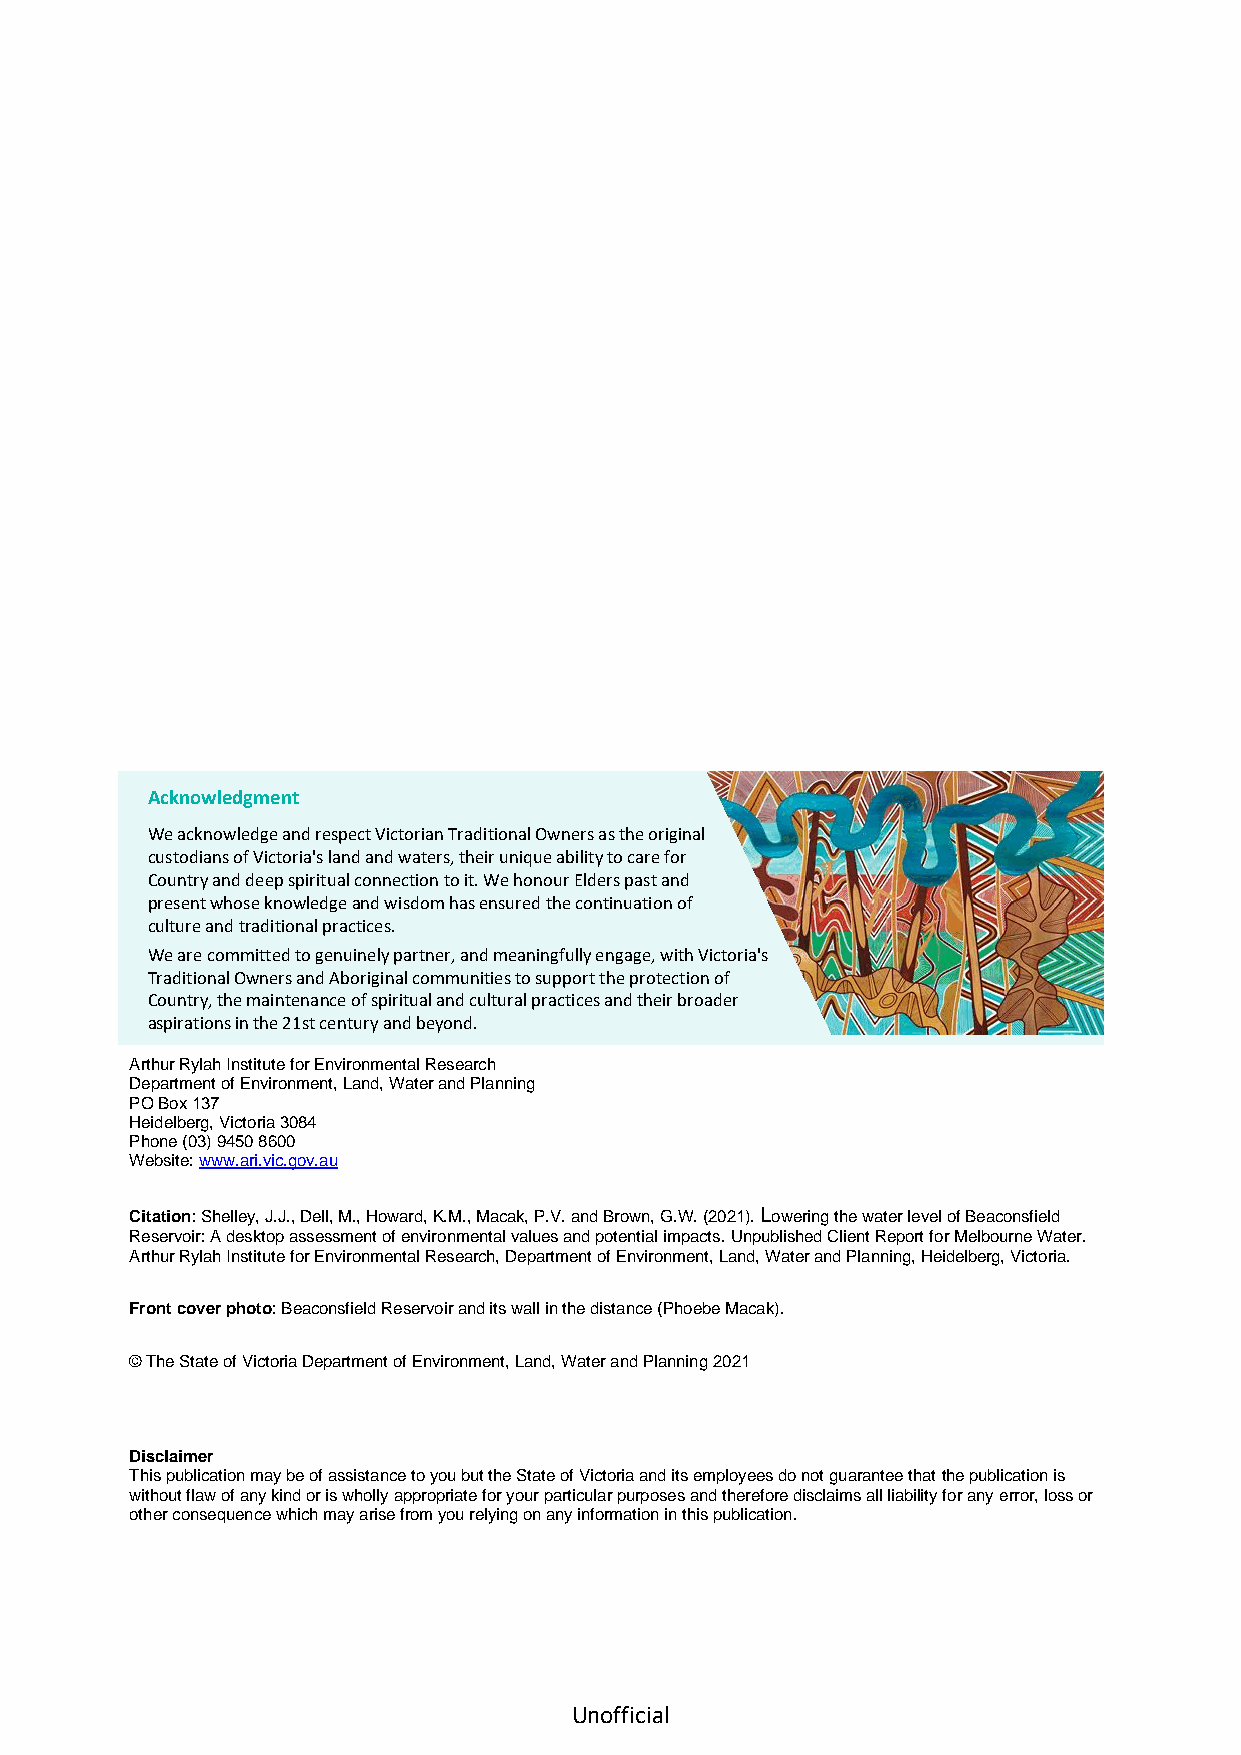
Acknowledgment
 We acknowledge and respect Victorian Traditional Owners as the original
 custodians of Victoria's land and waters, their unique ability to care for
 Country and deep spiritual connection to it. We honour Elders past and
 present whose knowledge and wisdom has ensured the continuation of
 culture and traditional practices.
 We are committed to genuinely partner, and meaningfully engage, with Victoria's
 Traditional Owners and Aboriginal communities to support the protection of
 Country, the maintenance of spiritual and cultural practices and their broader
 aspirations in the 21st century and beyond.
 Arthur Rylah Institute for Environmental Research
 Department of Environment, Land, Water and Planning
 PO Box 137
 Heidelberg, Victoria 3084
 Phone (03) 9450 8600
 Website: www.ari.vic.gov.au
 Citation: Shelley, J.J., Dell, M., Howard, K.M., Macak, P.V. and Brown, G.W. (2021). Lowering the water level of Beaconsfield
 Reservoir: A desktop assessment of environmental values and potential impacts. Unpublished Client Report for Melbourne Water.
 Arthur Rylah Institute for Environmental Research, Department of Environment, Land, Water and Planning, Heidelberg, Victoria.
 Front cover photo: Beaconsfield Reservoir and its wall in the distance (Phoebe Macak).
 © The State of Victoria Department of Environment, Land, Water and Planning 2021
 Disclaimer
 This publication may be of assistance to you but the State of Victoria and its employees do not guarantee that the publication is
 without flaw of any kind or is wholly appropriate for your particular purposes and therefore disclaims all liability for any error, loss or
 other consequence which may arise from you relying on any information in this publication.
 Unofficial